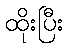
ထိုးပြီး